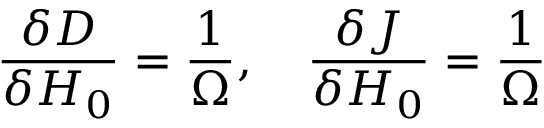
\frac { \delta D } { \delta H _ { 0 } } = \frac { 1 } { \Omega } , \quad \frac { \delta J } { \delta H _ { 0 } } = \frac { 1 } { \Omega }